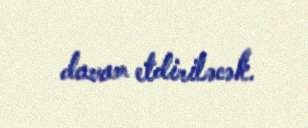
davam etdiriləcək.